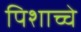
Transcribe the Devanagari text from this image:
पिशाच्चे